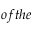
o f t h e